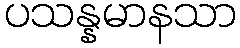
ပသန္နမာနသာ